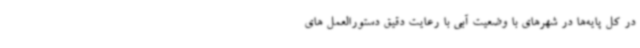
در کل پایه‌ها در شهرهای با وضعیت آبی با رعایت دقیق دستورالعمل های